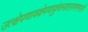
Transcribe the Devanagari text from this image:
उत्क्षेपणावक्षेपणाकुंचनप्रसारणगमनानि